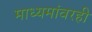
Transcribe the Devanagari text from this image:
माध्यमांवरही